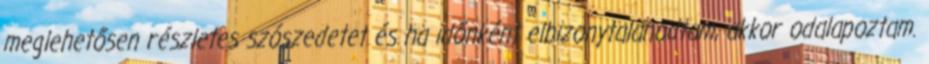
meglehetősen részletes szószedetet és ha időnként elbizonytalanodtam, akkor odalapoztam.